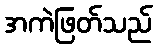
အကဲဖြတ်သည်